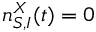
n _ { S , I } ^ { X } ( t ) = 0